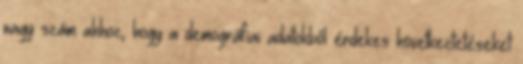
nagy szám ahhoz, hogy a demográfiai adatokból érdekes következtetéseket